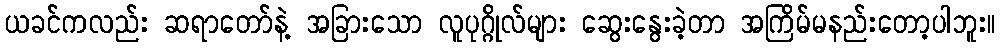
ယခင်ကလည်း ဆရာတော်နဲ့ အခြားသော လူပုဂ္ဂိုလ်များ ဆွေးနွေးခဲ့တာ အကြိမ်မနည်းတော့ပါဘူး။